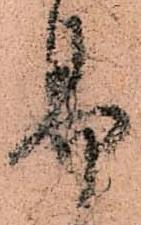
易